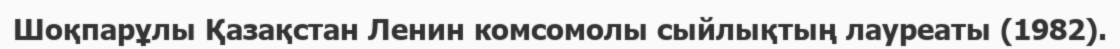
Шоқпарұлы Қазақстан Ленин комсомолы сыйлықтың лауреаты (1982).